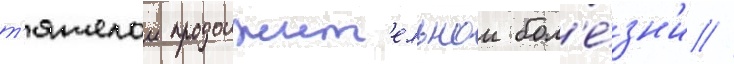
т'яжелои продолжит'ельнои бол'е́зн'и //